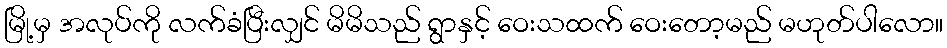
မြို့မှ အလုပ်ကို လက်ခံပြီးလျှင် မိမိသည် ရွာနှင့် ဝေးသထက် ဝေးတော့မည် မဟုတ်ပါလော။